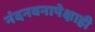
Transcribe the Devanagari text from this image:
नंदनवनापेक्षाही